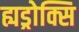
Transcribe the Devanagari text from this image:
ह्यड्रोक्सि